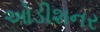
ઓડીશનર